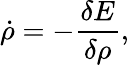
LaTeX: \dot{\rho}=-\frac{\delta E}{\delta\rho},